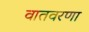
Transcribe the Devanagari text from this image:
वातवरणा